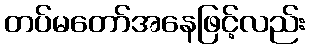
တပ်မတော်အနေဖြင့်လည်း